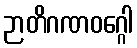
ဉာတိဂဏဝဂ္ဂေါ